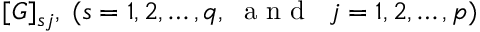
[ G ] _ { s j } , \; ( s = 1 , 2 , \dots , q , \; \mathrm { ~ a ~ n ~ d ~ } \; \; j = 1 , 2 , \dots , p )